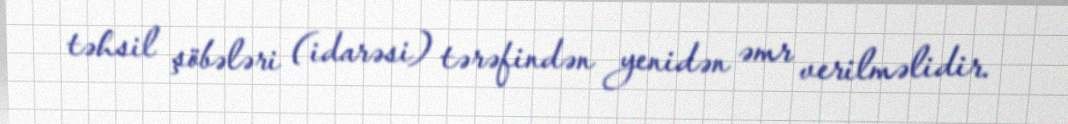
təhsil şöbələri (idarəsi) tərəfindən yenidən əmr verilməlidir.